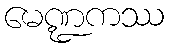
မေဏ္ဍကဿ